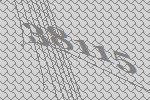
38115